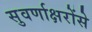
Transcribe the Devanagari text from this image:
सुवर्णाक्षरोंसे